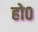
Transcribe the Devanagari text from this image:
हो०